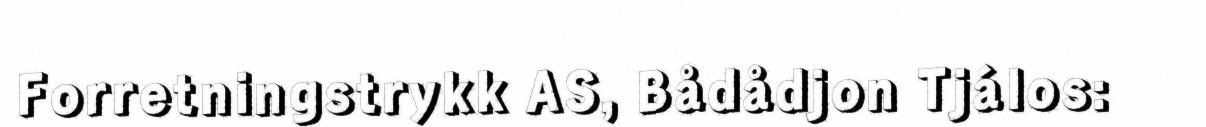
Forretningstrykk AS, Bådådjon Tjálos: